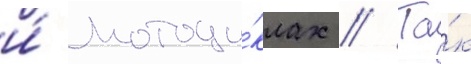
и́ мотоци́клах // Та́к